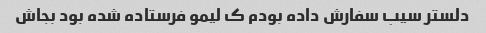
دلستر سیب سفارش داده بودم ک لیمو فرستاده شده بود بجاش